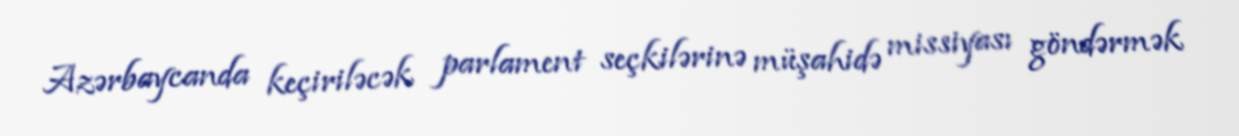
Azərbaycanda keçiriləcək parlament seçkilərinə müşahidə missiyası göndərmək